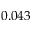
0 . 0 4 3